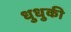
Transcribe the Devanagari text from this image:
धुधुकी